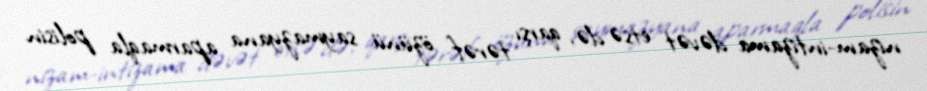
nizam-intizama dəvət etsə də, qarşı tərəf özünü saymazyana aparmaqla polisin